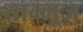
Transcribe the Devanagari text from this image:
ताम्मूज